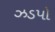
ઝડપો